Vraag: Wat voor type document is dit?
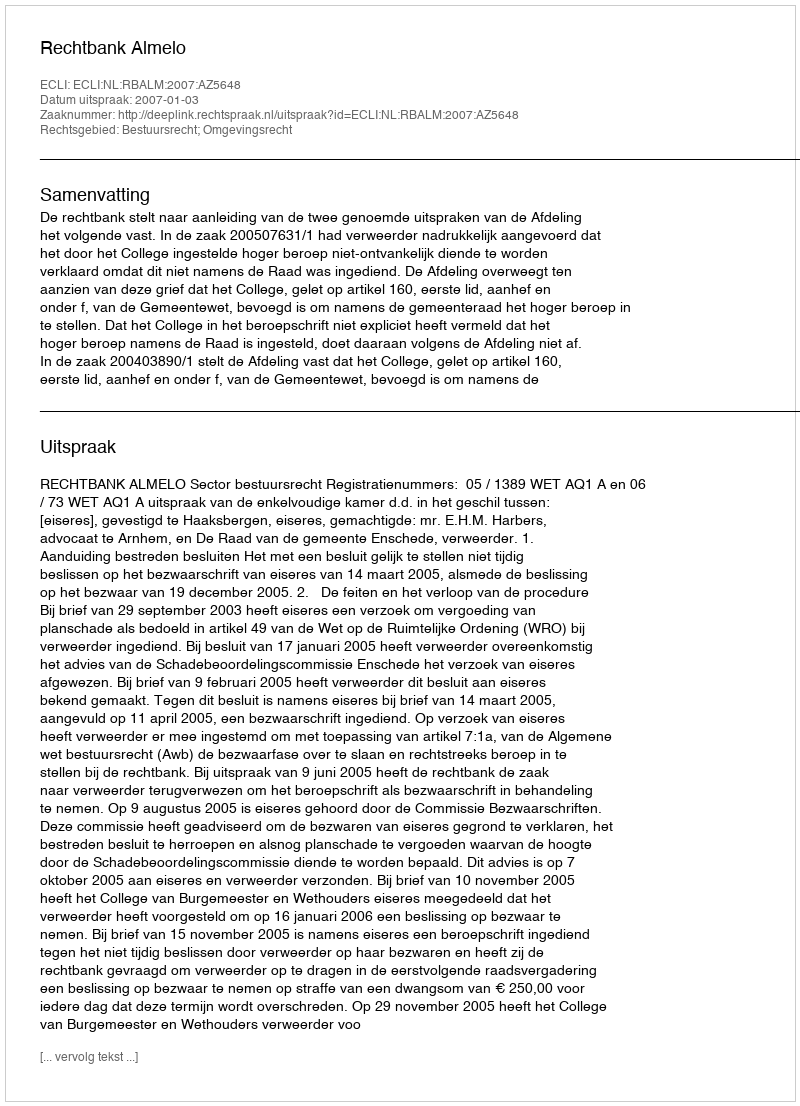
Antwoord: Uitspraak